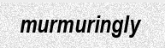
murmuringly